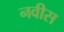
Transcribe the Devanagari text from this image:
नवीस